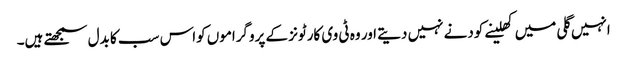
انہیں گلی میں کھلینے کودنے نہیں دیتے اور وہ ٹی وی کارٹونز کے پروگراموں کواس سب کا بدل سمجھتے ہیں۔